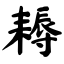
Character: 耨